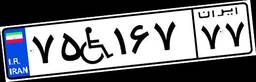
۷۵W۱۶۷۷۷